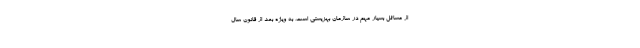
از مسائل بسیار مهم در سازمان بهزیستی است، به ویژه بعد از قانون سال